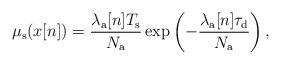
LaTeX: \begin{align*}\mu_{\rm s}(x[n])= \frac{\lambda_\mathrm{a}[n]T_{\rm s}}{N_{\rm a}} \exp\left(-\frac{\lambda_\mathrm{a}[n]\tau_{\rm d}}{N_{\rm a}}\right), \end{align*}